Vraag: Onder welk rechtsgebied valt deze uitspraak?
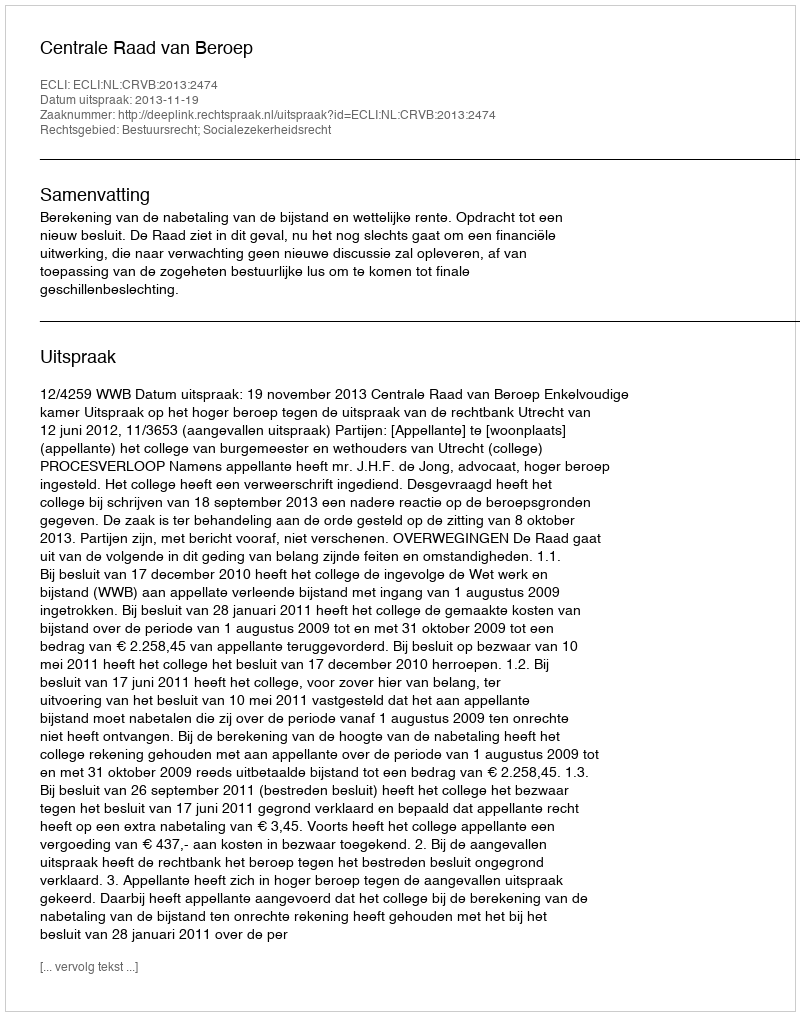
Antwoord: Bestuursrecht; Socialezekerheidsrecht